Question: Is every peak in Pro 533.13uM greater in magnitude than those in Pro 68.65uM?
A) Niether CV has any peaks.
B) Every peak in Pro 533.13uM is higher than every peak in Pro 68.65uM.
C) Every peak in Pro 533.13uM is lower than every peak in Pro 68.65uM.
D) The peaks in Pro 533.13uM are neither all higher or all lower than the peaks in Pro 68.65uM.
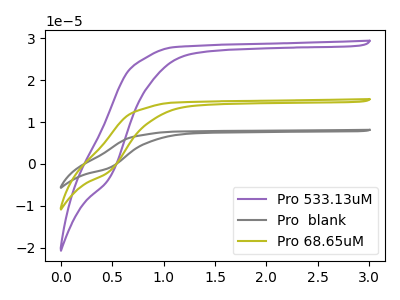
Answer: <think>The purple curve "Pro 533.13uM" has no peaks. The gray curve "Pro  blank" has no peaks. The olive curve "Pro 68.65uM" has no peaks.</think>
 <answer>A) Niether CV has any peaks.</answer>
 <eval>A</eval>